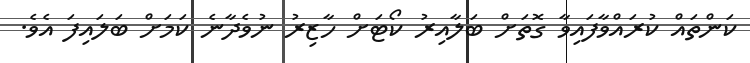
ކަންތައް ކުރައްވާފައިވާ ގޮތަށް ބަލާއިރު ކޯޓަށް ހާޒިރު ނުވެދާނެ ކަމަށް ބަލައިފަ އެވެ.